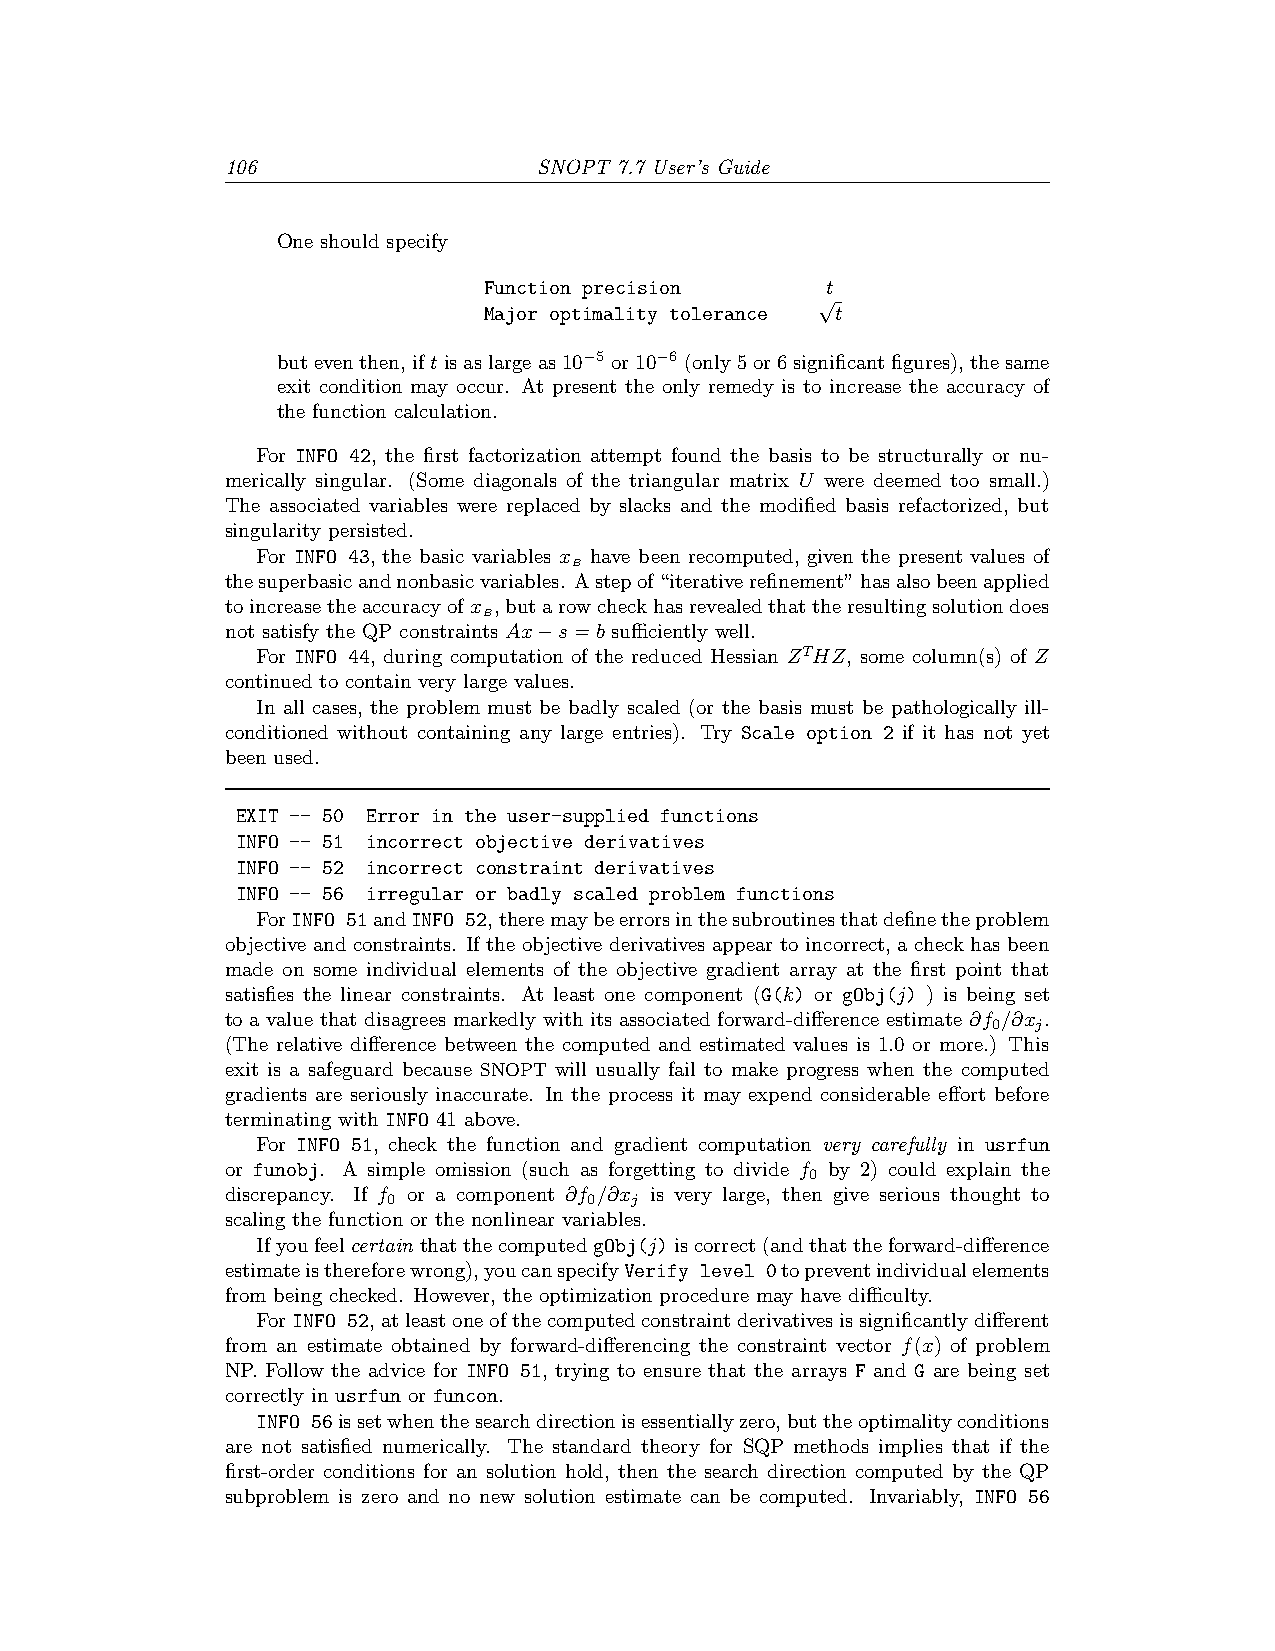
106                  SNOPT 7.7 User’s Guide
 One should specify
 Function precision     t
 √
 Major optimality tolerance t
 buteventhen,iftisaslargeas10−5 or10−6 (only5or6significantfigures),thesame
 exit condition may occur. At present the only remedy is to increase the accuracy of
 the function calculation.
 For INFO 42, the first factorization attempt found the basis to be structurally or nu-
 merically singular. (Some diagonals of the triangular matrix U were deemed too small.)
 The associated variables were replaced by slacks and the modified basis refactorized, but
 singularity persisted.
 For INFO 43, the basic variables x have been recomputed, given the present values of
 B
 thesuperbasicandnonbasicvariables. Astepof“iterativerefinement”hasalsobeenapplied
 toincreasetheaccuracyofx ,butarowcheckhasrevealedthattheresultingsolutiondoes
 B
 not satisfy the QP constraints Ax−s=b sufficiently well.
 For INFO 44, during computation of the reduced Hessian ZTHZ, some column(s) of Z
 continued to contain very large values.
 In all cases, the problem must be badly scaled (or the basis must be pathologically ill-
 conditioned without containing any large entries). Try Scale option 2 if it has not yet
 been used.
 EXIT -- 50 Error in the user-supplied functions
 INFO -- 51 incorrect objective derivatives
 INFO -- 52 incorrect constraint derivatives
 INFO -- 56 irregular or badly scaled problem functions
 ForINFO 51andINFO 52,theremaybeerrorsinthesubroutinesthatdefinetheproblem
 objective and constraints. If the objective derivatives appear to incorrect, a check has been
 made on some individual elements of the objective gradient array at the first point that
 satisfies the linear constraints. At least one component (G(k) or gObj(j) ) is being set
 to a value that disagrees markedly with its associated forward-difference estimate ∂f /∂x .
 0  j
 (The relative difference between the computed and estimated values is 1.0 or more.) This
 exit is a safeguard because SNOPT will usually fail to make progress when the computed
 gradients are seriously inaccurate. In the process it may expend considerable effort before
 terminating with INFO 41 above.
 For INFO 51, check the function and gradient computation very carefully in usrfun
 or funobj. A simple omission (such as forgetting to divide f by 2) could explain the
 0
 discrepancy. If f or a component ∂f /∂x is very large, then give serious thought to
 0            0  j
 scaling the function or the nonlinear variables.
 Ifyoufeelcertain thatthecomputedgObj(j)iscorrect(andthattheforward-difference
 estimateisthereforewrong),youcanspecifyVerify level 0topreventindividualelements
 from being checked. However, the optimization procedure may have difficulty.
 ForINFO 52,atleastoneofthecomputedconstraintderivativesissignificantlydifferent
 from an estimate obtained by forward-differencing the constraint vector f(x) of problem
 NP. Follow the advice for INFO 51, trying to ensure that the arrays F and G are being set
 correctly in usrfun or funcon.
 INFO 56issetwhenthesearchdirectionisessentiallyzero,buttheoptimalityconditions
 are not satisfied numerically. The standard theory for SQP methods implies that if the
 first-order conditions for an solution hold, then the search direction computed by the QP
 subproblem is zero and no new solution estimate can be computed. Invariably, INFO 56